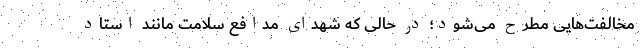
مخالفت‌هایی مطرح می‌شود؛ در حالی که شهدای مدافع سلامت مانند استاد